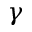
\gamma